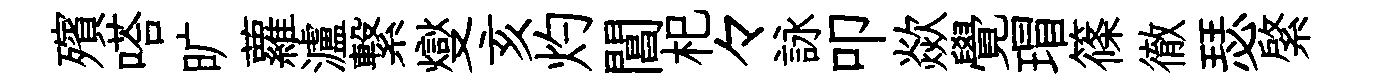
殯嗒旷蘿瀘繋燮亥灼閶𣏌々詠叩歘覺瑁篠徹瑟綮